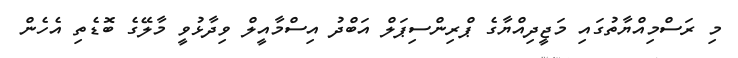
މި ރަސްމިއްޔާތުގައި މަޖީދިއްޔާގެ ޕްރިންސިޕަލް އަބްދު އިސްމާއީލް ވިދާޅުވީ މާލޭގެ ބޮޑެތި އެހެން